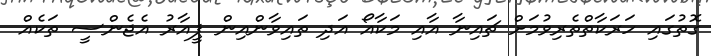
ގޮތުގައި ހަރަކާތްތެރިވުމަށް ޗައިނާ އާއި މަކާއޯ އަދި ތައިވާންއިން ޕީއާރު އެޖެންސީ ތަކެއް